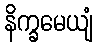
နိက္ခမေယျံ